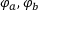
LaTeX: \varphi _ { a } , \varphi _ { b }